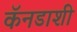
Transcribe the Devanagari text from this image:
कॅनडाशी